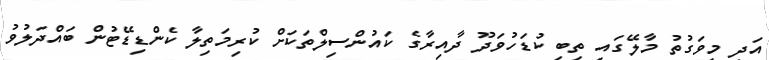
އަދި މިވަގުތު މާލޭގައި ތިބި ކުޑަހުވަދޫ ދާއިރާގެ ކައުންސިލްތަކަށް ކުރިމަތިލާ ކެންޑިޑޭޓުން ބައްދަލުވު